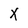
Character: x